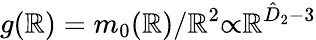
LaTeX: g(\mathbb{R})=m_{0}(\mathbb{R})/\mathbb{R}^{2}{\propto}\mathbb{R}^{\hat{{D}}_{2}-{3}}